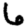
Digit: 6